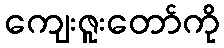
ကျေးဇူးတော်ကို